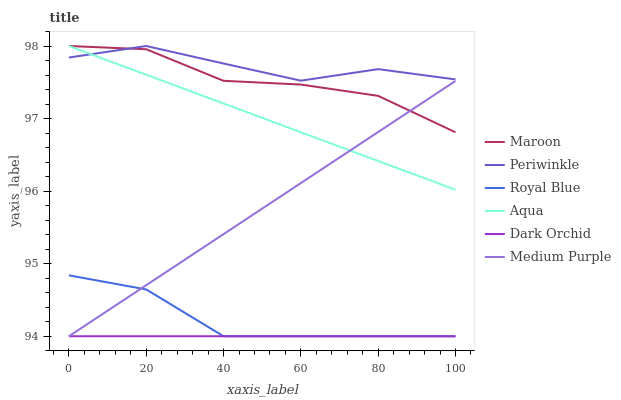
| xaxis_label | Maroon | Periwinkle | Royal Blue | Aqua | Dark Orchid | Medium Purple |
 | --- | --- | --- | --- | --- | --- | --- |
 | 0 | 98 | 97.8 | 94.8 | 98 | 94 | 94 |
 | 20 | 98 | 98 | 94.6 | 97.6 | 94 | 94.7 |
 | 40 | 97.5 | 97.8 | 94 | 97.2 | 94 | 95.4 |
 | 60 | 97.5 | 97.5 | 94 | 96.8 | 94 | 96.1 |
 | 80 | 97.3 | 97.7 | 94 | 96.4 | 94 | 96.8 |
 | 100 | 96.8 | 97.5 | 94 | 96 | 94 | 97.5 |